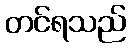
တင်ရသည်